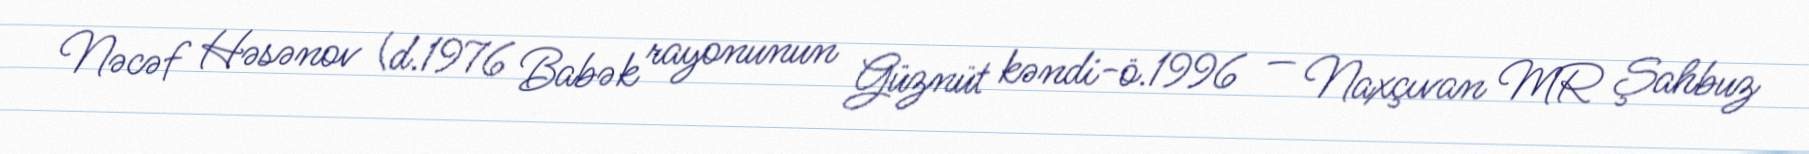
Nəcəf Həsənov (d.1976 Babək rayonunun Güznüt kəndi-ö.1996 — Naxçıvan MR Şahbuz